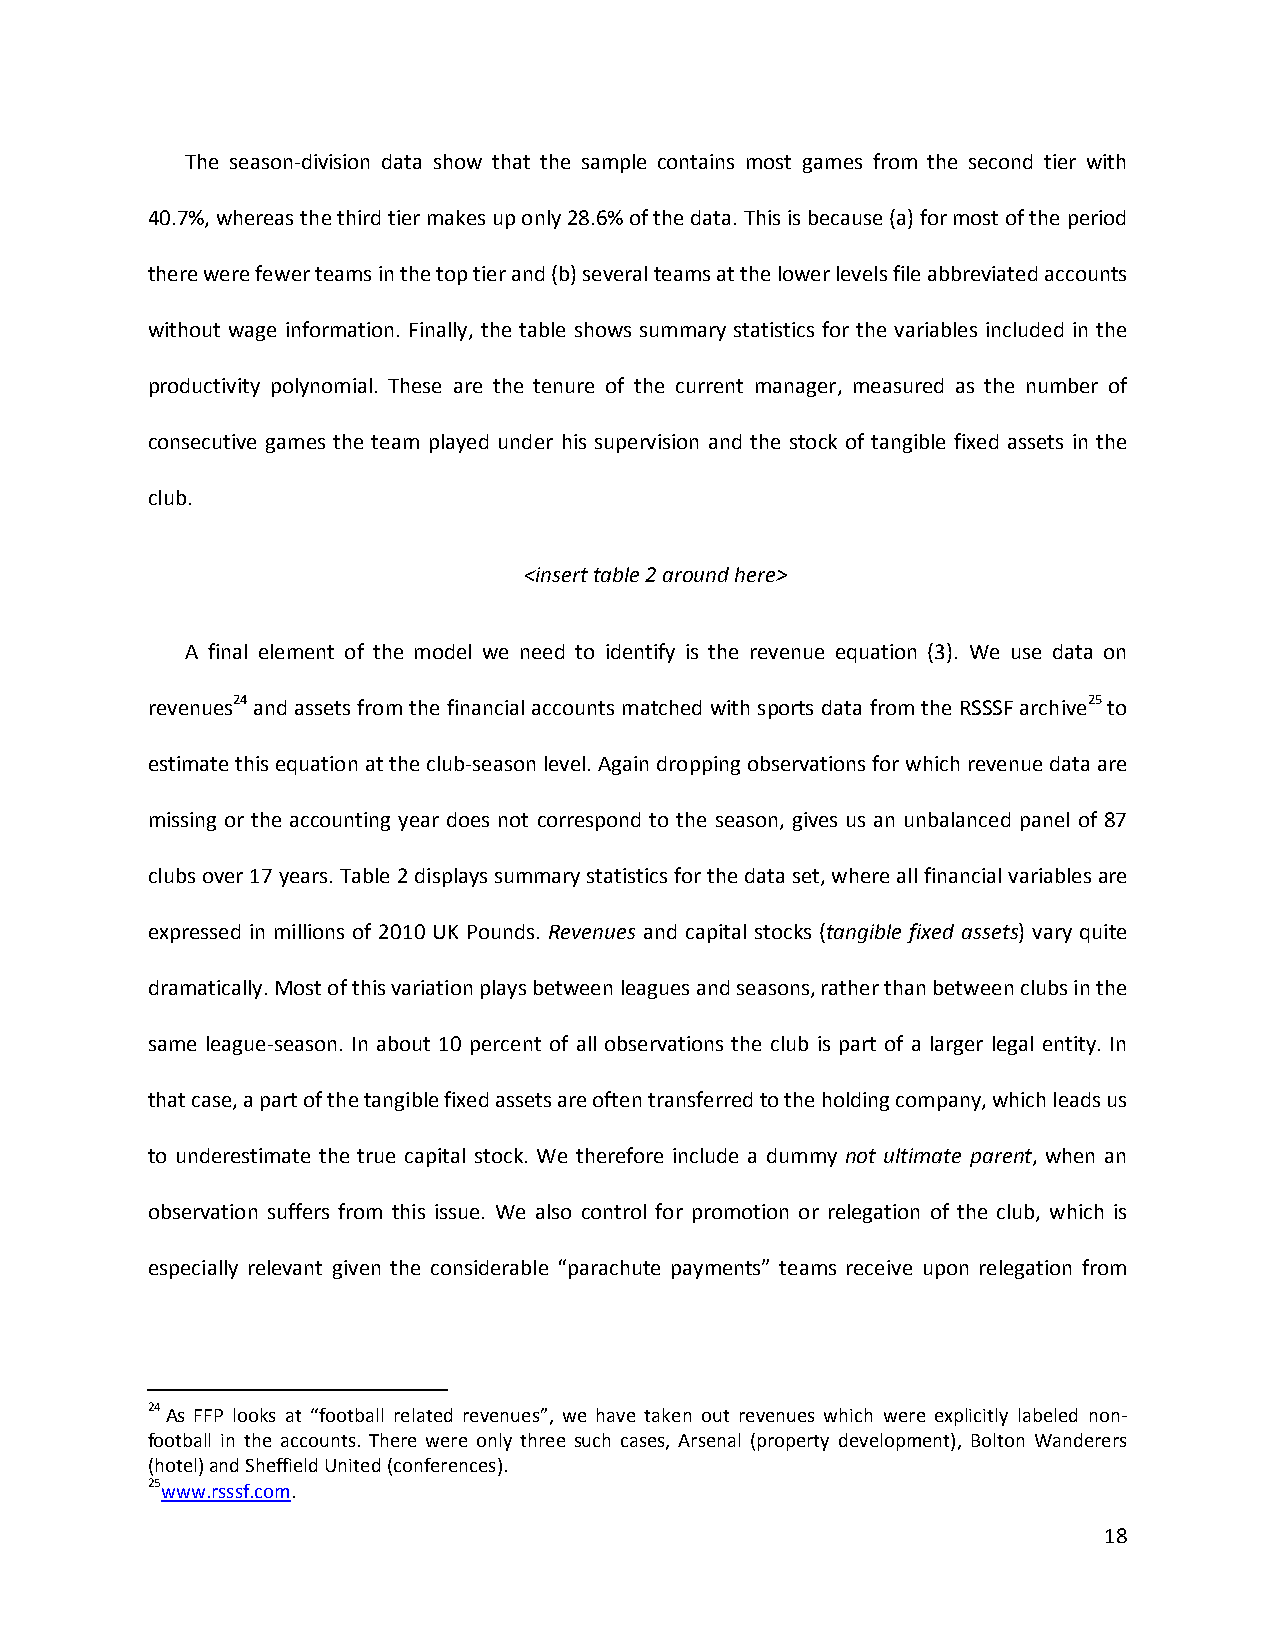
The season-division data show that the sample contains most games from the second tier with
 40.7%, whereas the third tier makes up only 28.6% of the data. This is because (a) for most of the period
 there were fewer teams in the top tier and (b) several teams at the lower levels file abbreviated accounts
 without wage information. Finally, the table shows summary statistics for the variables included in the
 productivity polynomial. These are the tenure of the current manager, measured as the number of
 consecutive games the team played under his supervision and the stock of tangible fixed assets in the
 club.
 <insert table 2 around here>
 A final element of the model we need to identify is the revenue equation (3). We use data on
 revenues24 and assets from the financial accounts matched with sports data from the RSSSF archive25 to
 estimate this equation at the club-season level. Again dropping observations for which revenue data are
 missing or the accounting year does not correspond to the season, gives us an unbalanced panel of 87
 clubs over 17 years. Table 2 displays summary statistics for the data set, where all financial variables are
 expressed in millions of 2010 UK Pounds. Revenues and capital stocks (tangible fixed assets) vary quite
 dramatically. Most of this variation plays between leagues and seasons, rather than between clubs in the
 same league-season. In about 10 percent of all observations the club is part of a larger legal entity. In
 that case, a part of the tangible fixed assets are often transferred to the holding company, which leads us
 to underestimate the true capital stock. We therefore include a dummy not ultimate parent, when an
 observation suffers from this issue. We also control for promotion or relegation of the club, which is
 especially relevant given the considerable “parachute payments” teams receive upon relegation from
 24 As FFP looks at “football related revenues”, we have taken out revenues which were explicitly labeled non-
 football in the accounts. There were only three such cases, Arsenal (property development), Bolton Wanderers
 (hotel) and Sheffield United (conferences).
 25www.rsssf.com.
 18